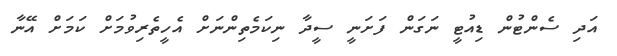
އަދި ސެންޓުން ޑިއުޓީ ނަގަން ފަށަނީ ސީދާ ނިކަމެތިންނަށް އެހީތެރިވުމަށް ކަމަށް އޭނާ